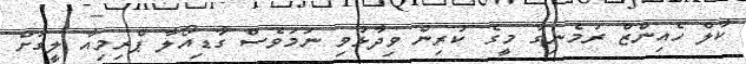
ކާލް ހެއިންޒް ރުމެނިގާ މީގެ ކުރިން ވިދާޅުވި ނަމަވެސް ގާޑިއޯލާ ޕްރިމިއާ ލީގަށް